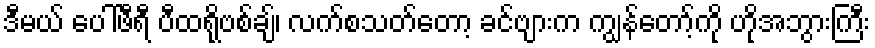
ဒီမယ် ပေါ်ဖီရီ ပီထရိုဗစ်ချ်၊ လက်စသတ်တော့ ခင်ဗျားက ကျွန်တော့်ကို ဟိုအဘွားကြီး